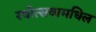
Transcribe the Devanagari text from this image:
रथोत्सवामधिल